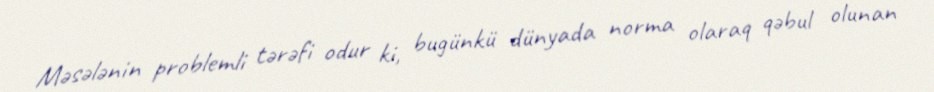
Məsələnin problemli tərəfi odur ki, bugünkü dünyada norma olaraq qəbul olunan